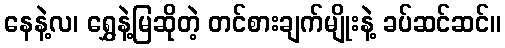
နေနဲ့လ၊ ရွှေနဲ့မြဆိုတဲ့ တင်စားချက်မျိုးနဲ့ ခပ်ဆင်ဆင်။